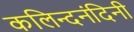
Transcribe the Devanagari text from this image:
कलिन्दनंदिनी